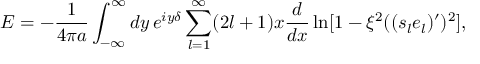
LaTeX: E = - { \frac { 1 } { 4 \pi a } } \int _ { - \infty } ^ { \infty } d y \, e ^ { i y \delta } \sum _ { l = 1 } ^ { \infty } ( 2 l + 1 ) x { \frac { d } { d x } } \ln [ 1 - \xi ^ { 2 } ( ( s _ { l } e _ { l } ) ^ { \prime } ) ^ { 2 } ] ,